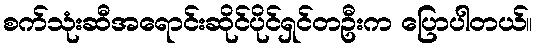
စက်သုံးဆီအရောင်းဆိုင်ပိုင်ရှင်တဦးက ပြောပါတယ်။